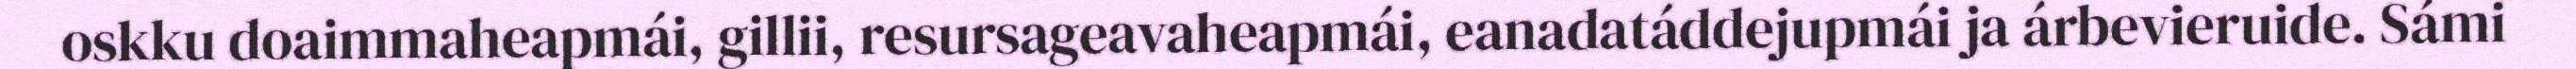
oskku doaimmaheapmái, gillii, resursageavaheapmái, eanadatáddejupmái ja árbevieruide. Sámi